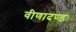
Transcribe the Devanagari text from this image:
वीणादण्डः